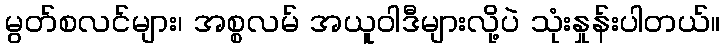
မွတ်စလင်များ၊ အစ္စလမ် အယူဝါဒီများလို့ပဲ သုံးနှုန်းပါတယ်။